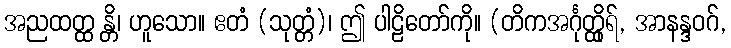
အညထတ္ထ န္တိ၊ ဟူသော။ ဧတံ (သုတ္တံ)၊ ဤ ပါဠိတော်ကို။ (တိကအင်္ဂုတ္ထိုရ်, အာနန္ဒဝဂ်,